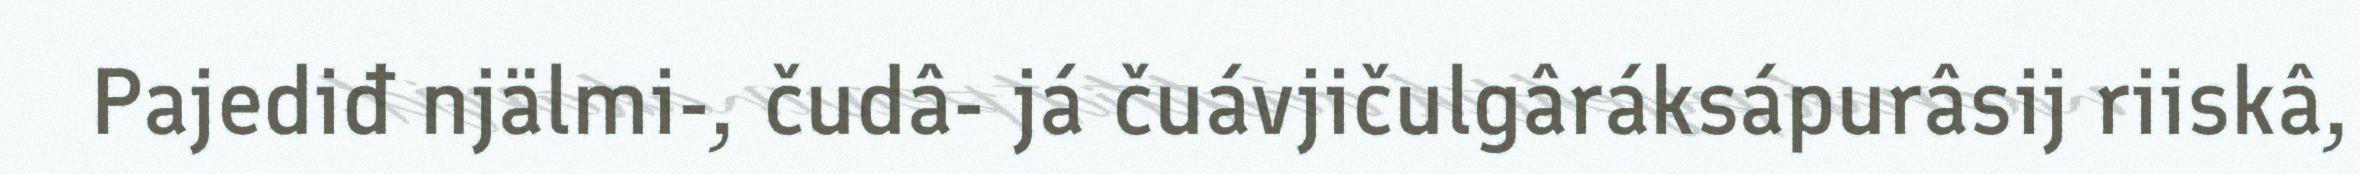
Pajediđ njälmi-, čudâ- já čuávjičulgâráksápurâsij riiskâ,